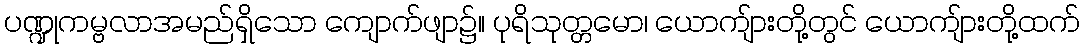
ပဏ္ဍုကမ္ဗလာအမည်ရှိသော ကျောက်ဖျာ၌။ ပုရိသုတ္တမော၊ ယောကျ်ားတို့တွင် ယောကျ်ားတို့ထက်